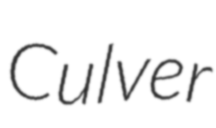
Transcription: Culver